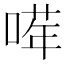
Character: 𠺈